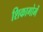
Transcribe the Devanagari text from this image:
शिकागोमें